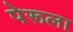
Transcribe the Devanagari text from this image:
पेरूला